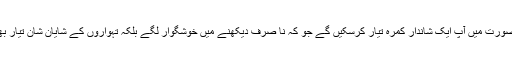
اسی صورت میں آپ ایک شاندار کمرہ تیار کرسکیں گے جو کہ نا صرف دیکھنے میں خوشگوار لگے بلکہ تہواروں کے شایانِ شان تیار بھی ہو۔